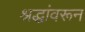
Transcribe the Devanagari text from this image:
श्रद्धांवरून